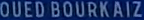
OUEDBOURKAIZ